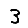
Digit: 3